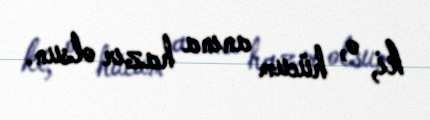
ki, o, hücum anına hazır olsun.